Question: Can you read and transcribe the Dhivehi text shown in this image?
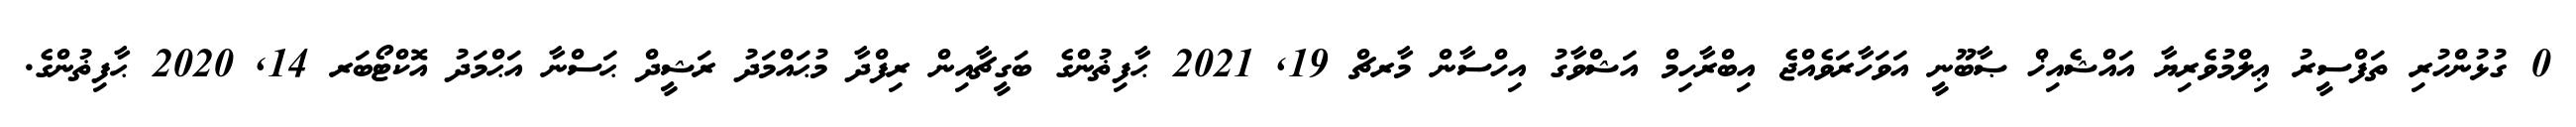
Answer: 0 ގުޅުންހުރި ތަފްސީރު ޢިލްމުވެރިޔާ އައްޝެއިޚް ޞާބޫނީ އަވަހާރަވެއްޖެ އިބްރާހިމް އަޝްވާގު އިހްސާން މާރޗް 19, 2021 ޙާފިޡުންގެ ބަގީޗާއިން ރިފްދާ މުޙައްމަދު ރަޝީދް ޙަސްނާ އަޙްމަދު އޮކްޓޯބަރ 14, 2020 ޙާފިޡުންގެ.